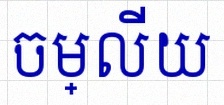
ចម្លើយ